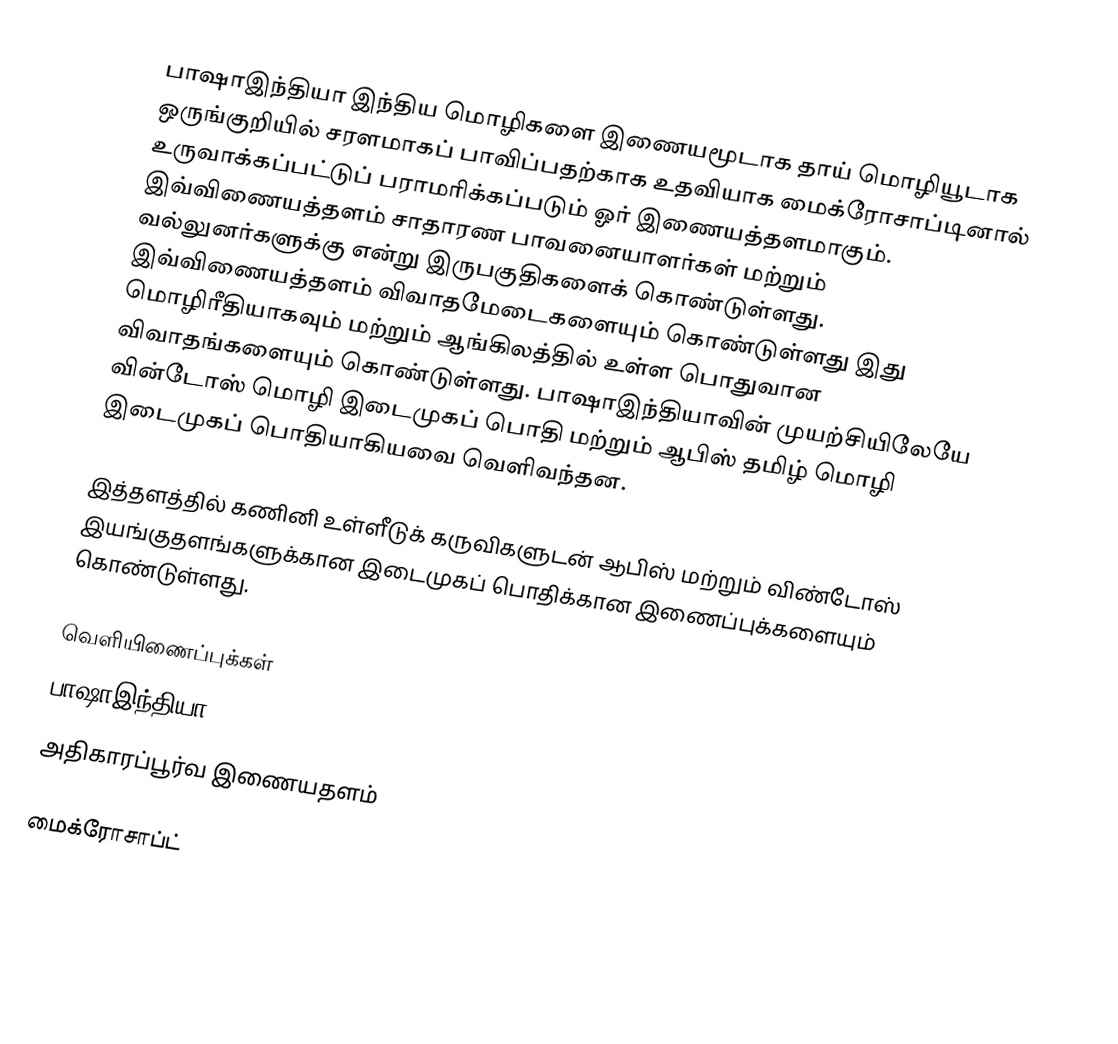
பாஷாஇந்தியா இந்திய மொழிகளை இணையமூடாக தாய் மொழியூடாக  ஒருங்குறியில் சரளமாகப் பாவிப்பதற்காக உதவியாக மைக்ரோசாப்டினால் உருவாக்கப்பட்டுப் பராமரிக்கப்படும் ஓர் இணையத்தளமாகும். இவ்விணையத்தளம் சாதாரண பாவனையாளர்கள் மற்றும் வல்லுனர்களுக்கு என்று இருபகுதிகளைக் கொண்டுள்ளது. இவ்விணையத்தளம் விவாதமேடைகளையும் கொண்டுள்ளது இது மொழிரீதியாகவும் மற்றும் ஆங்கிலத்தில் உள்ள பொதுவான விவாதங்களையும் கொண்டுள்ளது. பாஷாஇந்தியாவின் முயற்சியிலேயே வின்டோஸ் மொழி இடைமுகப் பொதி மற்றும் ஆபிஸ் தமிழ் மொழி இடைமுகப் பொதியாகியவை வெளிவந்தன.

இத்தளத்தில் கணினி உள்ளீடுக் கருவிகளுடன் ஆபிஸ் மற்றும் விண்டோஸ் இயங்குதளங்களுக்கான இடைமுகப் பொதிக்கான இணைப்புக்களையும் கொண்டுள்ளது.

வெளியிணைப்புக்கள்
பாஷாஇந்தியா
அதிகாரப்பூர்வ இணையதளம்

மைக்ரோசாப்ட்